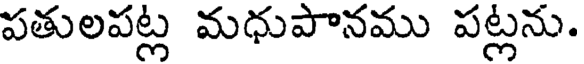
పతులపట్ల మధుపానము పట్లను.